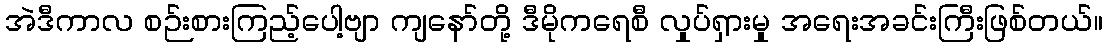
အဲဒီကာလ စဉ်းစားကြည့်ပေါ့ဗျာ ကျနော်တို့ ဒီမိုကရေစီ လှုပ်ရှားမှု အရေးအခင်းကြီးဖြစ်တယ်။